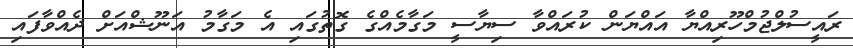
ރައީސުލްޖުމްހޫރިއްޔާ އައްޔަން ކުރައްވާ ސިޔާސީ މަގާމެއްގެ ގޮތުގައި އެ މަގާމު އަނޫޝްއަށް ދެއްވާފައި